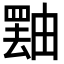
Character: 𪽝